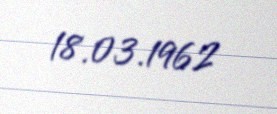
18.03.1962